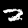
Label: 2